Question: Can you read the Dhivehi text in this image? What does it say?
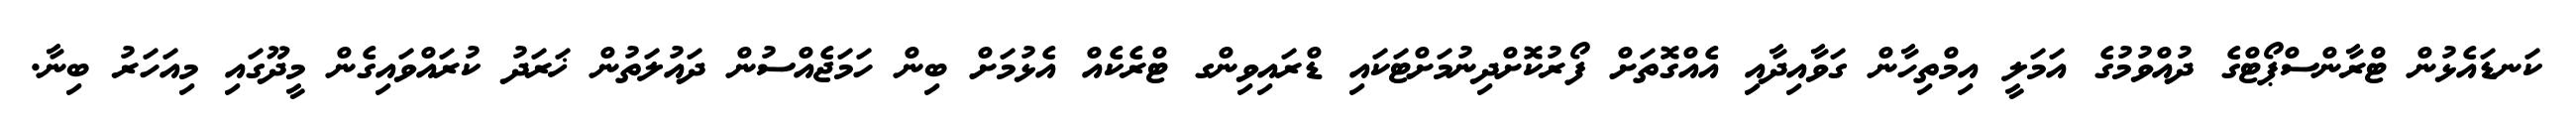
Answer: ކަނޑައެޅުން ޓްރާންސްޕޯޓްގެ ދުއްވުމުގެ އަމަލީ އިމްތިހާން ގަވާއިދާއި އެއްގޮތަށް ފޯރުކޮށްދިނުމަށްޓަކައި ޑްރައިވިންގ ޓްރެކެއް އެޅުމަށް ބިން ހަމަޖެއްސުން ދައުލަތުން ޚަރަދު ކުރައްވައިގެން މީދޫގައި މިއަހަރު ބިނާ.